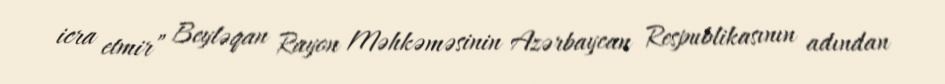
icra etmir” Beyləqan Rayon Məhkəməsinin Azərbaycan Respublikasının adından